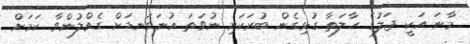
މާނަ އަކީ ޖަލުގެ ހާލަތާ ގުޅިގެން ބުރަކަށި ނުވަތަ އުނަގަނޑަށް ގެއްލުންވާ ކަމަށް